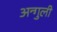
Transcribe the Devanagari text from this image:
अन्गुली